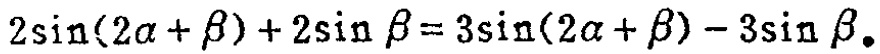
\(2\sin(2\alpha + \beta)+2\sin \beta = 3\sin(2\alpha + \beta)-3\sin \beta\)